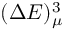
( \Delta E ) _ { \mu } ^ { 3 }